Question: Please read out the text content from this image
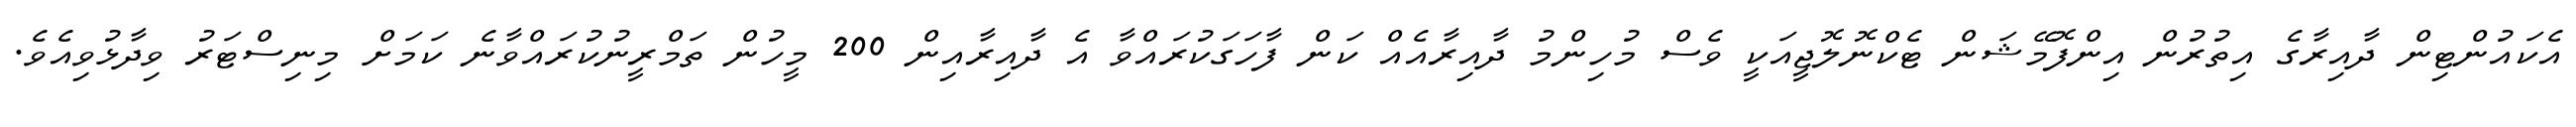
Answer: އެކައުންޓިން ދާއިރާގެ އިތުރުން އިންފޮމޭޝަން ޓެކްނޮލޮޖީއަކީ ވެސް މުހިންމު ދާއިރާއެއް ކަން ފާހަގަކުރައްވާ އެ ދާއިރާއިން 200 މީހުން ތަމްރީނުކުރައްވާނެ ކަމަށް މިނިސްޓަރު ވިދާޅުވިއެވެ.